koduurija_Pavel_Tisler, lk 15
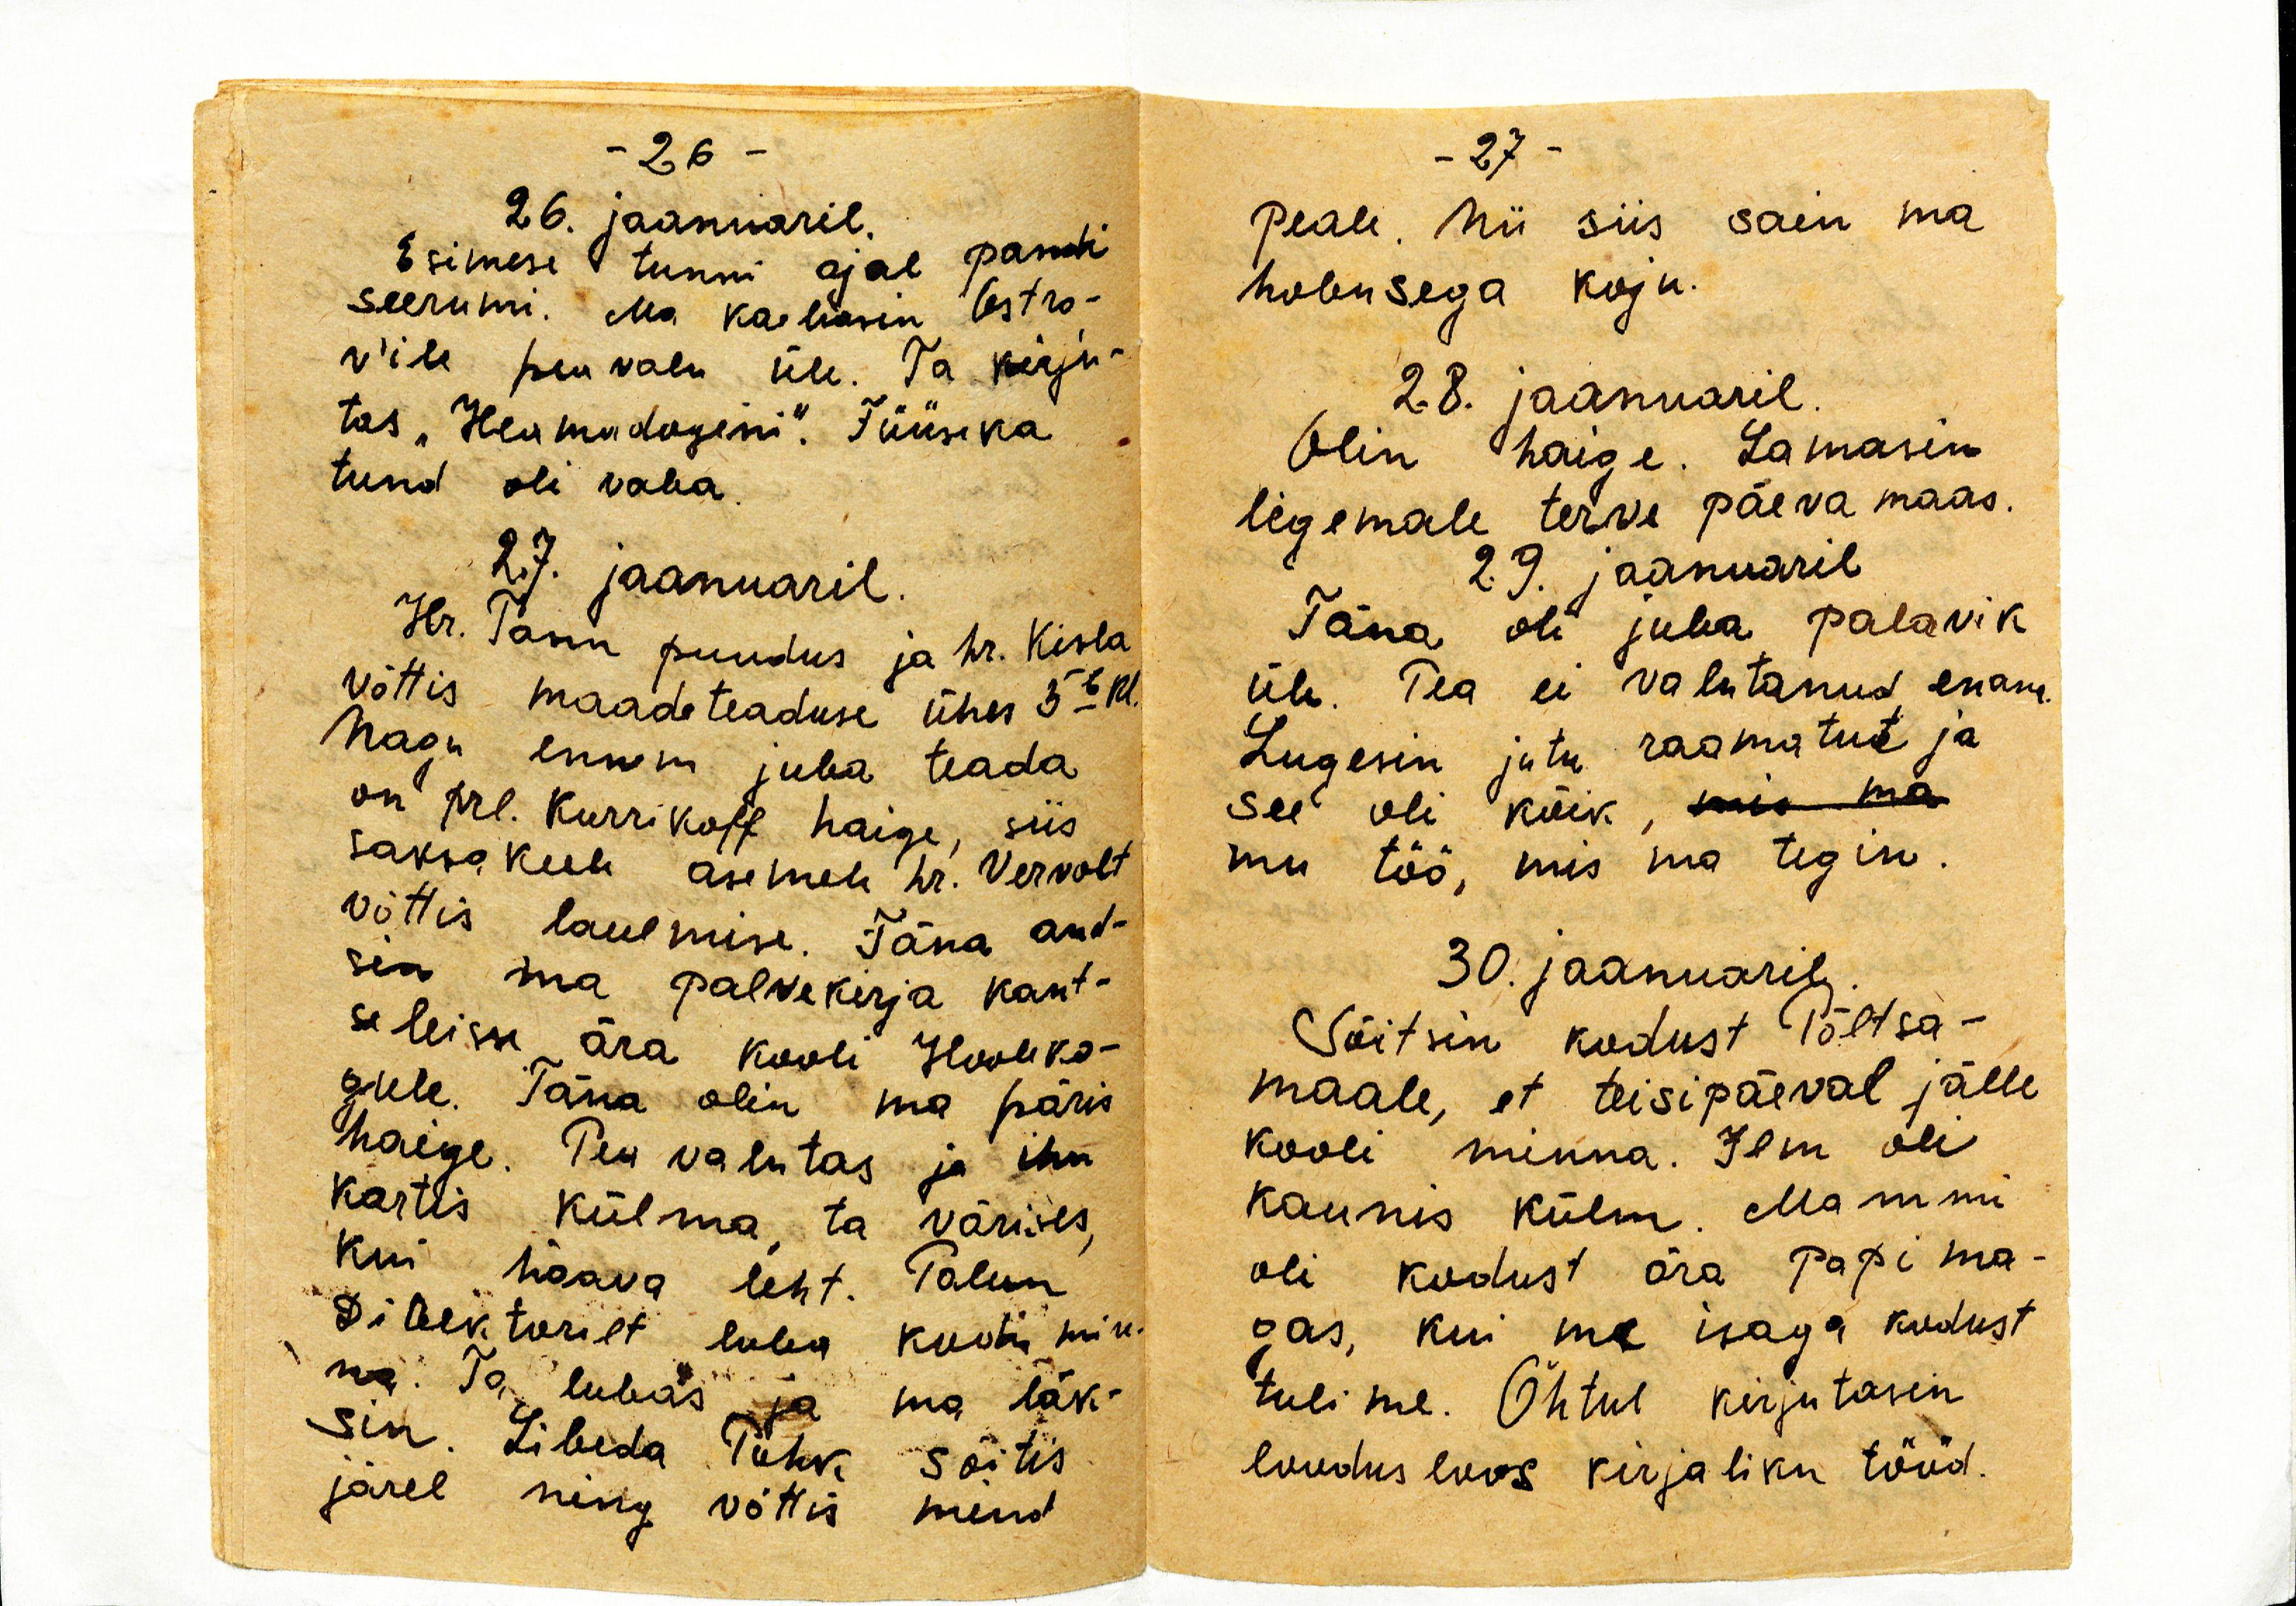
26. jaanuaril.
Esimese tunni ajal pandi
seerumi. Ma kaebasin Astro-
v'ile peavalu üle. Ta kirju-
ras "Hermadagini". Füüsika
tund oli vaba.
27. jaanuaril.
Hr. Tann puudus ja hr. Kisla
võttis maadeteaduse ühes 3b kl.
Nagu ennem juba teada
on prl. Kurrikoff haige, siis
saksakeele asemele hr. Vervolt
võttis laulmise. Täna and-
sin ma palvekirja kant-
seleisse ära kooli Hooleko-
gule. Täna olin ma päris
haige. Pea valutas ja ihu
kartis külma, ta värises,
kui haava leht. Palun
direktorilt luba kooli min-
na. Ta lubas ja ma läk-
sin. Libeda Puhk sõitis
järel ning võttis mind

peale. Nii siis sain ma
hobusega koju.
28. jaanuaril.
Olin haige. Lamasin
ligemale terve päeva maas.
29. jaanuaril
Täna oli juba palavik
üle. Pea ei valutanud enam.
Lugesin jutu raamatut ja 
see oli kõik, mis ma
mu töö, mis ma tegin.
30. jaanuaril.
Sõitsin kodust Põltsa-
maale, et teisipäeval jälle
kooli minna. Ilm oli
kaunis külm. Mammi
oli kodust ära papi ma-
gas, kui me isaga kodust
tulime. Õhtul kirjutasin
loodusloos kirjaliku tööd.